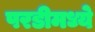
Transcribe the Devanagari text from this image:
परडीमध्ये